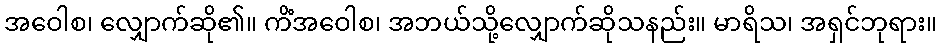
အဝေါစ၊ လျှောက်ဆို၏။ ကိံအဝေါစ၊ အဘယ်သို့လျှောက်ဆိုသနည်း။ မာရိသ၊ အရှင်ဘုရား။